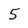
Character: 5